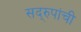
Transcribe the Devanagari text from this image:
सद्‌रुपांची